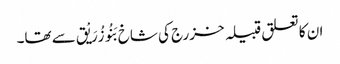
ان کا تعلق قبیلہ خزرج کی شاخ بَنُو زُرَیْق سے تھا۔